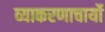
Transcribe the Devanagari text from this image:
व्याकरणाचार्यो